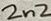
Text: 2n2